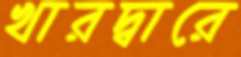
খারদ্বারে